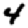
Digit: 4